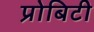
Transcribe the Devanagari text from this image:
प्रोबिटी